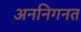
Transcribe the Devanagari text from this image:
अननिगनत